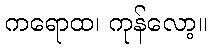
ကရောထ၊ ကုန်လော့။